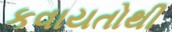
કવાયતોથી